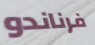
فرناندو